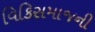
વિકિસમાજની